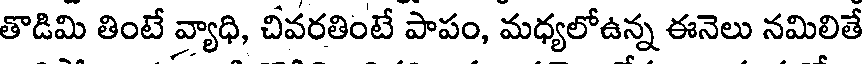
తొడిమి తింటే వ్యాధి, చివరతింటే పాపం, మధ్యలోఉన్న ఈనెలు నమిలితే